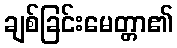
ချစ်ခြင်းမေတ္တာ၏